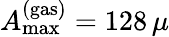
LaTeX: A_{\mathrm{max}}^{\mathrm{(gas)}}=128\, \mu